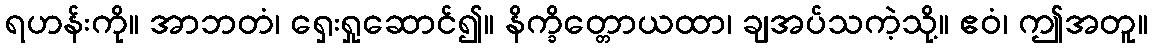
ရဟန်းကို။ အာဘတံ၊ ရှေးရှုဆောင်၍။ နိက္ခိတ္တောယထာ၊ ချအပ်သကဲ့သို့။ ဧဝံ၊ ဤအတူ။